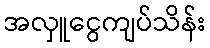
အလှူငွေကျပ်သိန်း